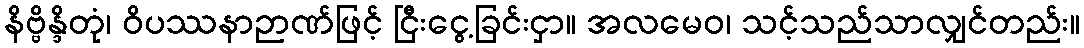
နိဗ္ဗိန္ဒိတုံ၊ ဝိပဿနာဉာဏ်ဖြင့် ငြီးငွေ့ခြင်းငှာ။ အလမေဝ၊ သင့်သည်သာလျှင်တည်း။